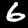
Digit: 6